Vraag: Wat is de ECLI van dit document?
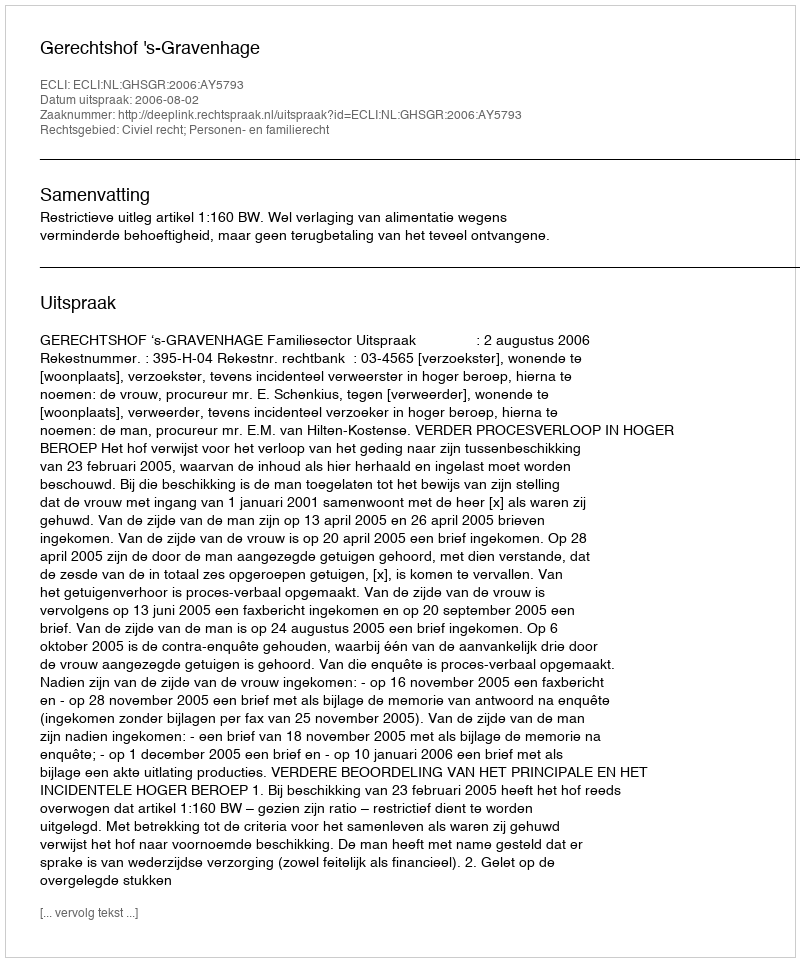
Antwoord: ECLI:NL:GHSGR:2006:AY5793